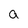
Character: a